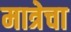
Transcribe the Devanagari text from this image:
मात्रेचा